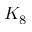
K _ { 8 }